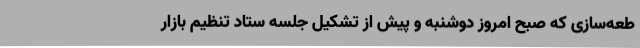
طعه‌سازی که صبح امروز دوشنبه و پیش از تشکیل جلسه ستاد تنظیم بازار